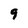
Character: 9